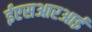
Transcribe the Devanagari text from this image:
ईएसआरआई